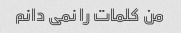
من کلمات را نمی دانم